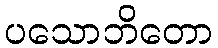
ပသောဘိတော